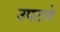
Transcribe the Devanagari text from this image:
उपटले